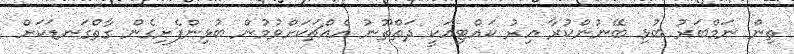
ތިން ނަމްބަރު ބުޅި ބޭނުންކުރާ އިރު ކައްޓިއަކީ ދަތްތޫނު އެއްޗަކަށްވުމުން ބުޅިންފެށިގެން ގާތްގަނޑަކަށް